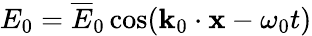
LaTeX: E_{0}=\overline{{E}}_{0}\cos(\mathbf{k}_{0}\cdot\mathbf{x}-\omega_{0}t)